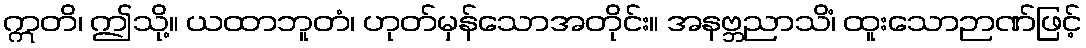
ဣတိ၊ ဤသို့။ ယထာဘူတံ၊ ဟုတ်မှန်သောအတိုင်း။ အနဗ္ဘညာသိံ၊ ထူးသောဉာဏ်ဖြင့်